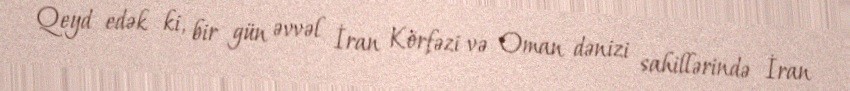
Qeyd edək ki, bir gün əvvəl İran Körfəzi və Oman dənizi sahillərində İran